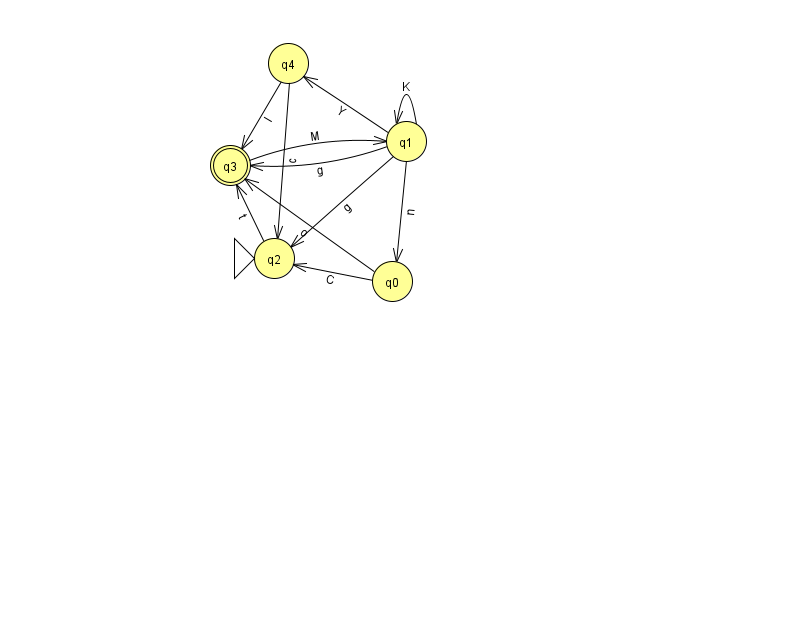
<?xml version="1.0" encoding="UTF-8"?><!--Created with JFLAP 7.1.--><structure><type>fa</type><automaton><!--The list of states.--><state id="0" name="q0"><x>392.0</x><y>268.0</y></state><state id="1" name="q1"><x>406.0</x><y>128.0</y></state><state id="2" name="q2"><x>274.0</x><y>245.0</y><initial/></state><state id="3" name="q3"><x>230.0</x><y>152.0</y><final/></state><state id="4" name="q4"><x>288.0</x><y>50.0</y></state><!--The list of transitions.--><transition><from>4</from><to>2</to><read>c</read></transition><transition><from>1</from><to>3</to><read>g</read></transition><transition><from>1</from><to>4</to><read>Y</read></transition><transition><from>4</from><to>3</to><read>I</read></transition><transition><from>2</from><to>3</to><read>t</read></transition><transition><from>3</from><to>1</to><read>M</read></transition><transition><from>0</from><to>2</to><read>C</read></transition><transition><from>0</from><to>3</to><read>o</read></transition><transition><from>1</from><to>1</to><read>K</read></transition><transition><from>1</from><to>0</to><read>n</read></transition><transition><from>1</from><to>2</to><read>g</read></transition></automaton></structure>